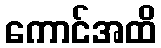
ကောင်အထိ